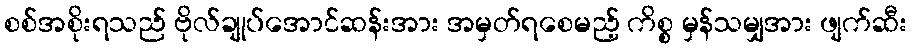
စစ်အစိုးရသည် ဗိုလ်ချုပ်အောင်ဆန်းအား အမှတ်ရစေမည့် ကိစ္စ မှန်သမျှအား ဖျက်ဆီး